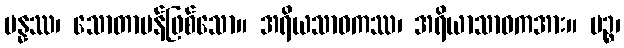
ပန္နဿ၊ သောတာပန်ဖြစ်သော။ အရိယသာဝကဿ၊ အရိယာသာဝကအား။ ပဉ္စ၊